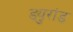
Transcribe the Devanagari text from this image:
ड्युरांड